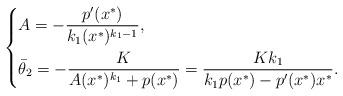
LaTeX: \begin{align*}\left\{\begin{aligned}&A=-\frac{p'(x^{*})}{k_1(x^{*})^{k_1-1}},\\&\bar{\theta}_2=-\frac{K}{A(x^{*})^{k_1}+p(x^{*})}=\frac{Kk_1}{k_1p(x^{*})-p'(x^{*})x^{*}}.\\\end{aligned}\right.\end{align*}